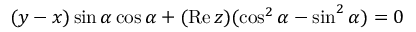
( y - x ) \sin \alpha \cos \alpha + ( \mathrm { R e } \, z ) ( \cos ^ { 2 } \alpha - \sin ^ { 2 } \alpha ) = 0